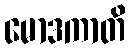
မောဒကာတိ